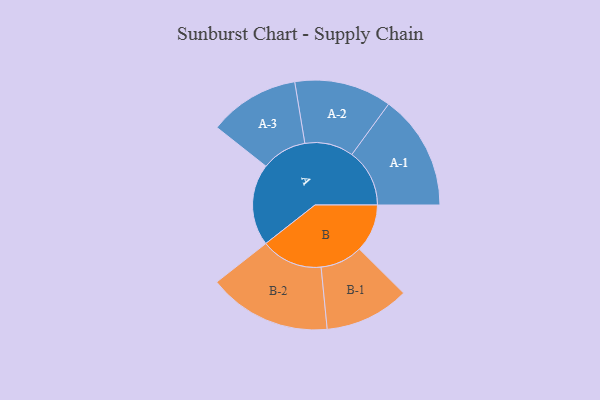
{"axis": {"x": "Segment", "y": "Value"}, "legend": ["", "A", "B"], "data": [{"x": "A", "y": 336, "type": ""}, {"x": "B", "y": 197, "type": ""}, {"x": "A-1", "y": 237, "type": "A"}, {"x": "A-2", "y": 200, "type": "A"}, {"x": "A-3", "y": 186, "type": "A"}, {"x": "B-1", "y": 174, "type": "B"}, {"x": "B-2", "y": 253, "type": "B"}]}